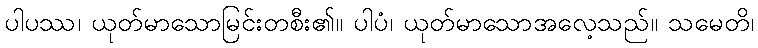
ပါပဿ၊ ယုတ်မာသောမြင်းတစီး၏။ ပါပံ၊ ယုတ်မာသောအလေ့သည်။ သမေတိ၊